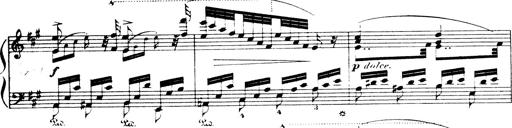
Title: Wagner-Liszt Album
Composer: Franz Liszt